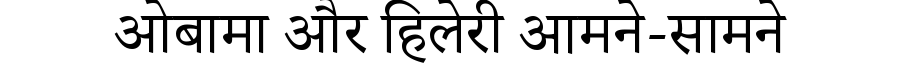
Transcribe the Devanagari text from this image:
ओबामा और हिलेरी आमने-सामने